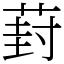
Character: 葑